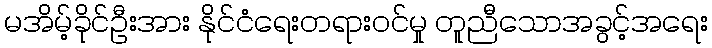
မအိမ့်ခိုင်ဦးအား နိုင်ငံရေးတရားဝင်မှု တူညီသောအခွင့်အရေး